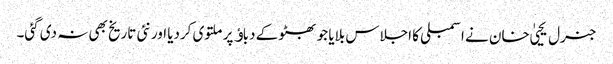
جنرل یحییٰ خان نے اسمبلی کا اجلاس بلایا جو بھٹو کے دباﺅ پر ملتوی کردیا اور نئی تاریخ بھی نہ دی گئی۔